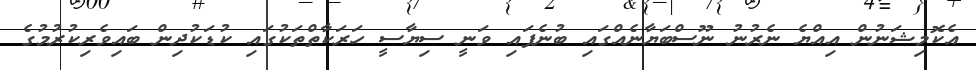
އެކޮމިޝަނުން އިއްޔެ ނެރުނު ނޫސްބަޔާނެއްގައި ބުނެފައި ވަނީ ސިޔާސީ ހަރަކާތްތަކުގައި ކުޑަކުދިން ބައިވެރިކުރުމުގެ